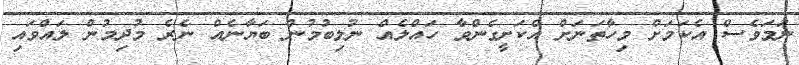
ނަމަވެސް އެކަމަށް މިހާތަނަށް އެކަށީގެންވާ ހައްލެއް ނުލިބުމުން ބަޔާނެއް ނެރެ މުދިމުން ލައްވައި